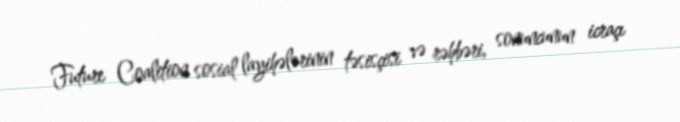
Future Coalition sosial layihələrinin təsisçisi və rəhbəri, sonuncunun icraçı